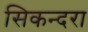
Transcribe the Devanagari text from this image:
सिकन्‍दरा